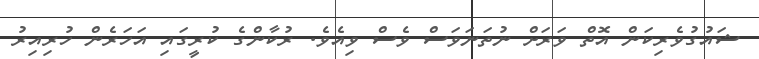
ޝައުގުވެރިކަން އޮތް ވަރަށް ނުތަނަވަސް ވެސް ވިއެވެ. ރުކާންގެ ކުރީގައި އަހަރެން ހުރިއިރު